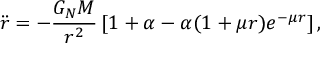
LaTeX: { \ddot { r } } = - { \frac { G _ { N } M } { r ^ { 2 } } } \left[ 1 + \alpha - \alpha ( 1 + \mu r ) e ^ { - \mu r } \right] ,